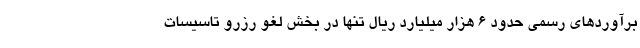
برآوردهای رسمی حدود ۶ هزار میلیارد ریال تنها در بخش لغو رزرو تاسیسات